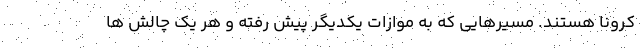
کرونا هستند. مسیرهایی که به موازات یکدیگر پیش رفته و هر یک چالش ها